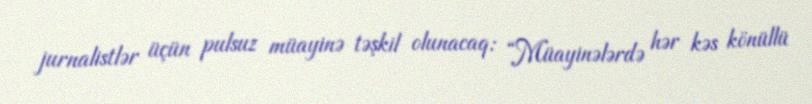
jurnalistlər üçün pulsuz müayinə təşkil olunacaq: “Müayinələrdə hər kəs könüllü